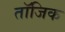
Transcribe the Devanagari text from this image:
तॉजिक